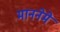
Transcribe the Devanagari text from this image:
माननेमे